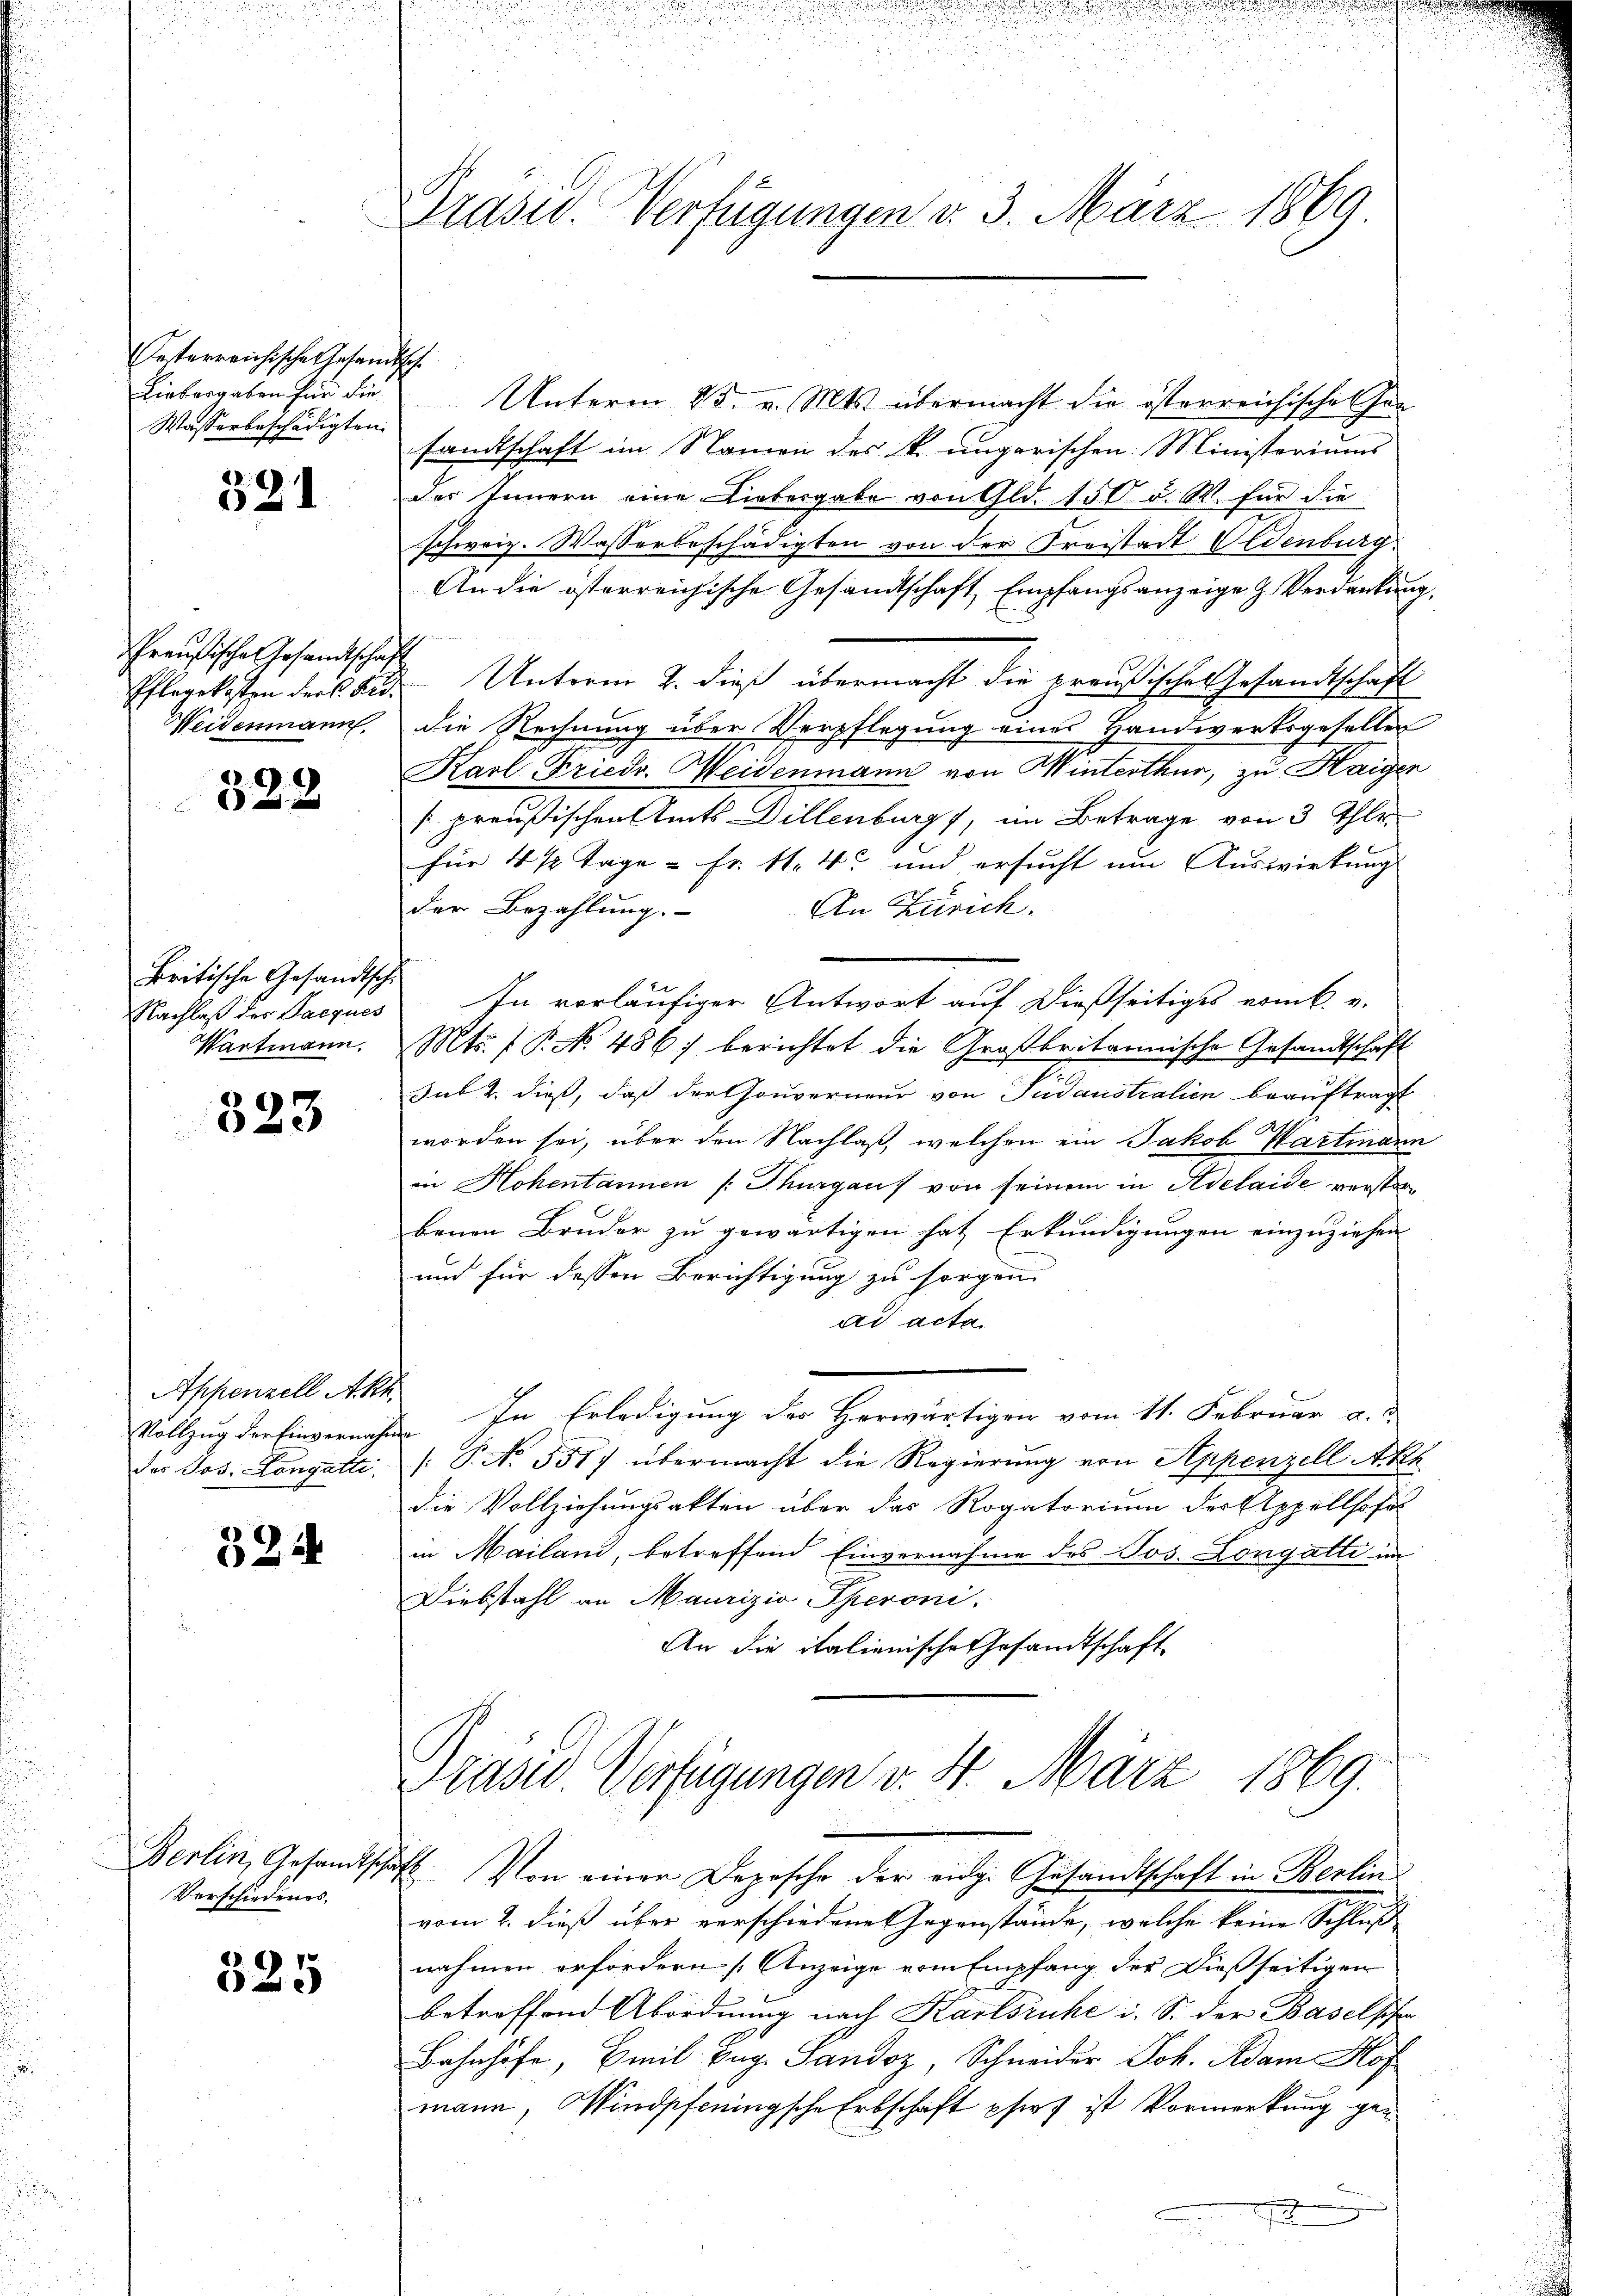
Oesterreichische Gesande
Liebergaben für die
Wasserbeschädigten

521

Preußische Gesandtschaft
Pflegekosten der C. Aus¬
Weidenmann.

328

Britische Gesandtschi
Nachlaß der Jacques
Wartmann.

323

Appenzell Akh.
Vollzug der Einvernahm
des Jos. Longatti,

324

Berlin, Gesandtsch
Verschiedenes,

325

Drasw. Verfügungen d. 3. März 1869

E
Unterm 23. v. Mts. übermacht die österreichischen her
sandtschaft im Namen des k. ungarischen Ministeriums
des Innern eine Liebergabe von Gld. 150 u. W. für die
schweiz. Wasserbeschädigten von der Freistadt Oldenburg
An die österreichische Gesandtschaft, Empfangsanzeige Z. Verdankung,
Unterm 2. dieß übermacht die preußische Gesandtschaft
die Rechnung über Verpflegung eines Handwerksgeseller
Karl Friedr. Weidenmann von Winterthur, zu Haigen
preußischen Amts Dillenburg, im Betrage von 3 Ihle
für 4 1/2 Tage & Fr. 11. 45 und ersucht um Auswirkung
der Bezahlung. An Zürich.
In vorläufiger Antwort auf dießseitiges vom 6. v.
Mts. 1 P. No. 486) berichtet die Großbritannische Gesandtschaft
sub 2. dieß, daß der Gouverneur von Sudaustralien beauftragt
A
worden sei, über den Nachlaß, welchen ein Jakob Wartmann
in Hohentannen Thurgaus von seinem in Adelaide verstorbenen Bruder zu gewärtigen hat Erkundigungen einzuziehen
und für dessen Berichtigung zu sorgen
ad acta.
In Erledigung der Herwärtigen vom 11. Februar a.
 Paten
/: P. Nr. 551) übermacht die Regierŭng von Appenzell Aka
die Vollziehungsakten über das Rogatorium der Appellhofe
in Mailand, betreffend Einvernahme des Jos. Longatti im
Diebstahl an Maurizio Speroni,
An die italienische Gesandtschaft

Präses Verfügungen v. 4. März 1869.
ft. Von einer Depesche der eidg. Gesandtschaft in Berlin

vom 2. dieß über verschiedene Gegenstände, welche keine Schluß
nahmen erfordern Anzeige vom Empfang der Dießseitigen
betreffend Abordnung nach Karlsruhe u. S. der Baselschen
Bahnhofe, Emil Bug. Sandoz Schneider Joh. Adam Hof
mann, Windpfeningsche Erbschaft phirt ist Vormerkung ge¬
.
2